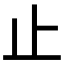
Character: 止